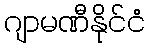
ဂျာမဏီနိုင်ငံ